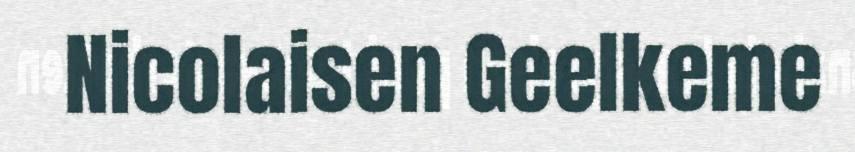
Nicolaisen Geelkeme